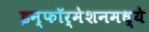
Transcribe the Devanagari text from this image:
इन्फॉर्मेशनमध्ये